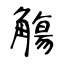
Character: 觴